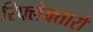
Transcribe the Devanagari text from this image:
रिफ्लेक्तारों